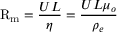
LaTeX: \mathrm { R } _ { \mathrm { m } } = { \frac { U L } { \eta } } = { \frac { U L \mu _ { o } } { \rho _ { e } } }